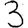
Digit: 3